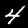
Digit: 4